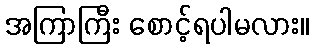
အကြာကြီး စောင့်ရပါမလား။